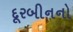
દૂરબીનનો